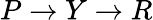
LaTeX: P\rightarrow Y\rightarrow R